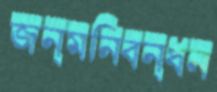
জন্মনিবন্ধন